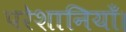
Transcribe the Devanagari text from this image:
परेशानियाँ।